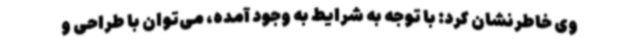
وی خاطرنشان کرد: با توجه به شرایط به وجود آمده، می‌توان با طراحی و